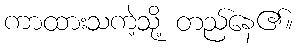
ကာထားသကဲ့သို့ တည်နေ၏။